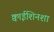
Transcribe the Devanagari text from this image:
क्वाईशिनशा